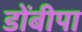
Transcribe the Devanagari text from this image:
डोंबीपा